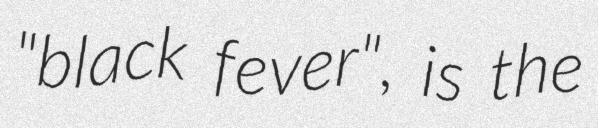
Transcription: "black fever", is the